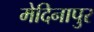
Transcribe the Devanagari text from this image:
मेदिनापुर